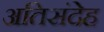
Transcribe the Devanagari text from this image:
अतिसंदेह